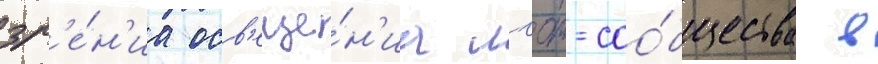
зр'е́н'иа осв'еще́н'иа лгбт-соо́бщества в